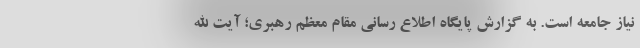
نیاز جامعه است. به گزارش پایگاه اطلاع رسانی مقام معظم رهبری؛ آیت الله